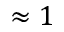
\approx 1